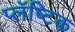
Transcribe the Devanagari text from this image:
प्लॅष्टिक